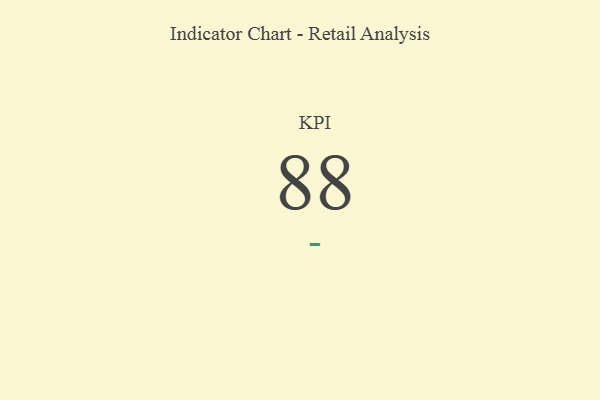
{"axis": {"x": "KPI", "y": "Value"}, "legend": [""], "data": [{"x": "KPI", "y": 88, "type": ""}]}